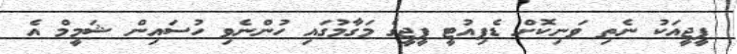
ޕީޖީއަކު ނެތި ވަނިކޮށް ޑެޕިއުޓީ ޕީޖީގެ މަގާމުގައި ހުންނެވި ހުސައިން ޝަމީމް އެ